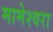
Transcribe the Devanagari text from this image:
मामेश्‍वरा